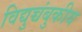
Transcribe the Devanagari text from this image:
विद्युच्चंबुकीय